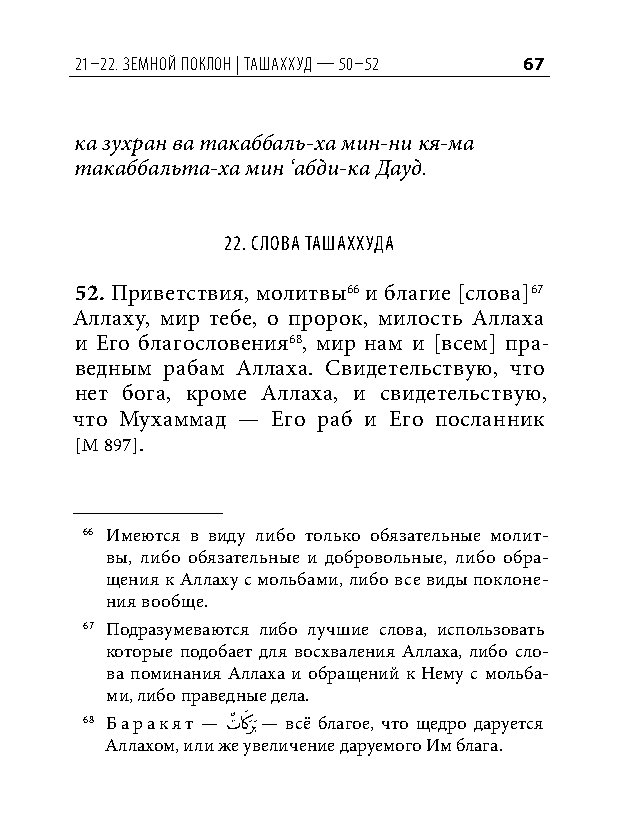
21–22. земной ПоК лон | ташаххуд — 50–52 67
 ка зухран ва такаббаль-ха мин-ни кя-ма
 такаббальта-ха мин ‘абди-ка Дауд.
 22. Слова ташаххуда
 52. Приветствия, молитвы66 и благие [слова]67
 Аллаху, мир тебе, о пророк, милость Аллаха
 и Его благословения68, мир нам и [всем] пра-
 ведным рабам Аллаха. Свидетельствую, что
 нет бога, кроме Аллаха, и свидетельствую,
 что Мухаммад — Его раб и Его посланник
 [М 897].
 66 Имеются в виду либо только обязательные молит-
 вы, либо обязательные и добровольные, либо обра-
 щения к Аллаху с мольбами, либо все виды поклоне-
 ния вообще.
 67 Подразумеваются либо лучшие слова, использовать
 которые подобает для восхваления Аллаха, либо сло-
 ва поминания Аллаха и обращений к Нему с мольба-
 ми, либо праведные дела.
 68 Баракят — تٌ كَ رََب — всё благое, что щедро даруется
 Аллахом, или же увеличение даруемого Им блага.